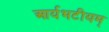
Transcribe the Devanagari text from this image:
आर्यभटीयम्‌